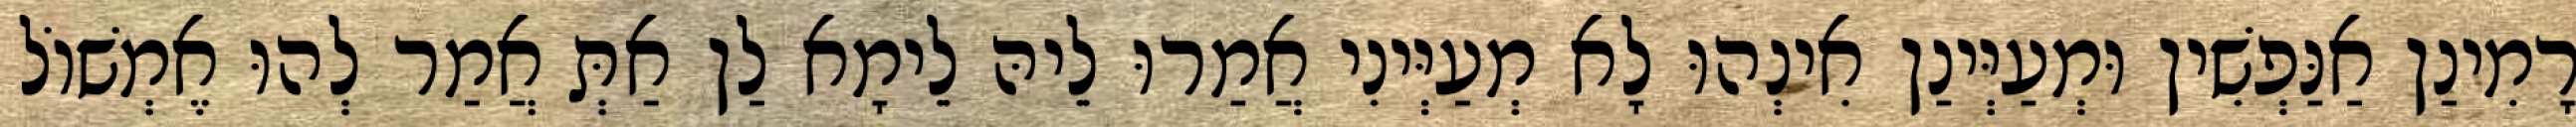
רָמִינַן אַנַּפְשִׁין וּמְעַיְּינַן אִינְהוּ לָא מְעַיְּינִי אֲמַרוּ לֵיהּ לֵימָא לַן אַתְּ אֲמַר לְהוּ אֶמְשׁוֹל